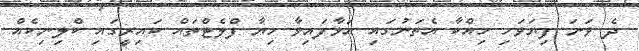
ދެ ވަނަ ފިޔަވަހި ހިއްކާ އެތަނުގައި އަޅާފައިވާ ހިޔާ ފްލެޓްތައް ކައިރީގައި ކްލިނިކެއް